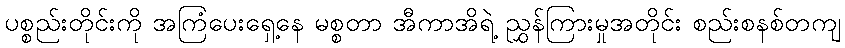
ပစ္စည်းတိုင်းကို အကြံပေးရှေ့နေ မစ္စတာ အီကာအိရဲ့ ညွှန်ကြားမှုအတိုင်း စည်းစနစ်တကျ